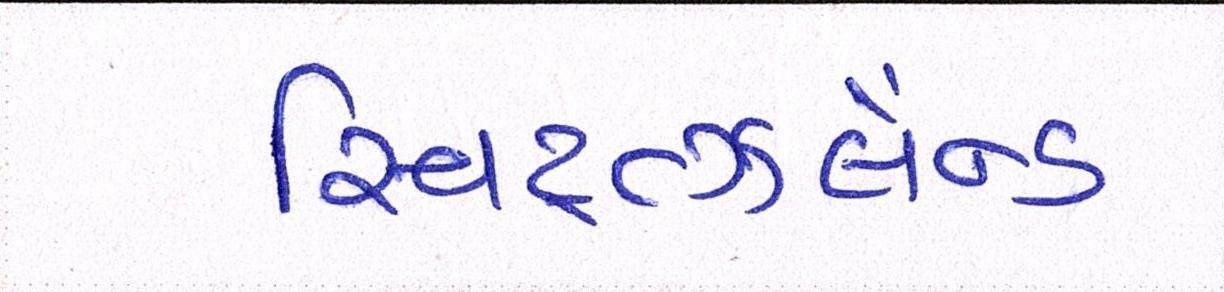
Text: સ્વિટ્ત્ઝર્લેન્ડ